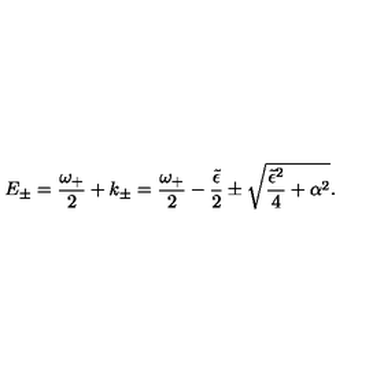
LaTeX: E _ { \pm } = { \frac { \omega _ { + } } { 2 } } + k _ { \pm } = { \frac { \omega _ { + } } { 2 } } - { \frac { \tilde { \epsilon } } { 2 } } \pm \sqrt { { \frac { \tilde { \epsilon } ^ { 2 } } { 4 } } + \alpha ^ { 2 } } .